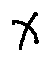
x